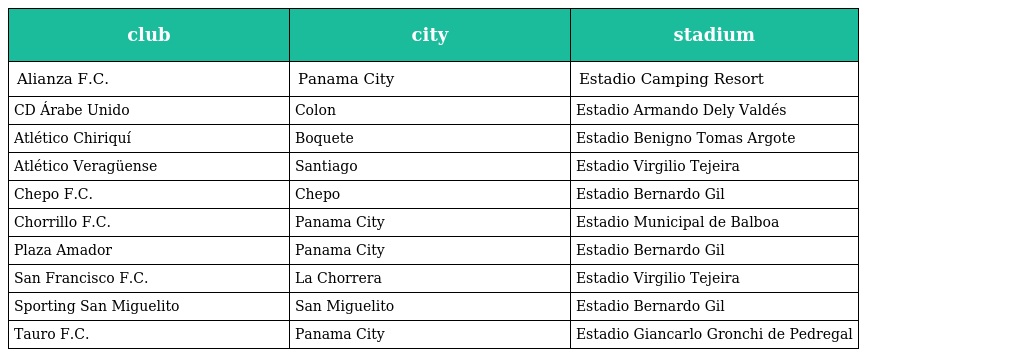
| club | city | stadium |
 | --- | --- | --- |
 | Alianza F.C. | Panama City | Estadio Camping Resort |
 | CD Árabe Unido | Colon | Estadio Armando Dely Valdés |
 | Atlético Chiriquí | Boquete | Estadio Benigno Tomas Argote |
 | Atlético Veragüense | Santiago | Estadio Virgilio Tejeira |
 | Chepo F.C. | Chepo | Estadio Bernardo Gil |
 | Chorrillo F.C. | Panama City | Estadio Municipal de Balboa |
 | Plaza Amador | Panama City | Estadio Bernardo Gil |
 | San Francisco F.C. | La Chorrera | Estadio Virgilio Tejeira |
 | Sporting San Miguelito | San Miguelito | Estadio Bernardo Gil |
 | Tauro F.C. | Panama City | Estadio Giancarlo Gronchi de Pedregal |